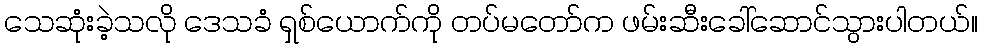
သေဆုံးခဲ့သလို ဒေသခံ ရှစ်ယောက်ကို တပ်မတော်က ဖမ်းဆီးခေါ်ဆောင်သွားပါတယ်။